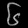
Digit: ၆